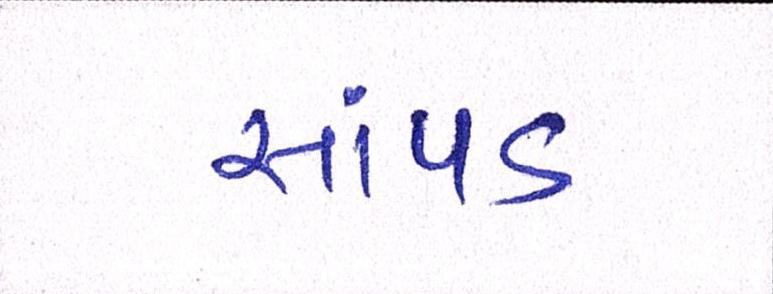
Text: સાંપડ